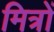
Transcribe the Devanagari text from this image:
मित्रों